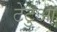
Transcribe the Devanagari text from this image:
टेटुआ